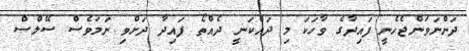
ދަންނަވަންޖެހެނީ ފައިދާގެ ވާހަކަ މި ދައްކަނީ ދެއްތޯ ފައިދާ ދަށްވި ނަމަވެސް ސޭލްސް